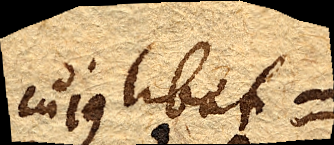
cujuslibet